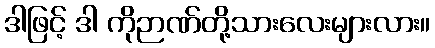
ဒါဖြင့် ဒါ ကိုဉာဏ်တို့သားလေးများလား။